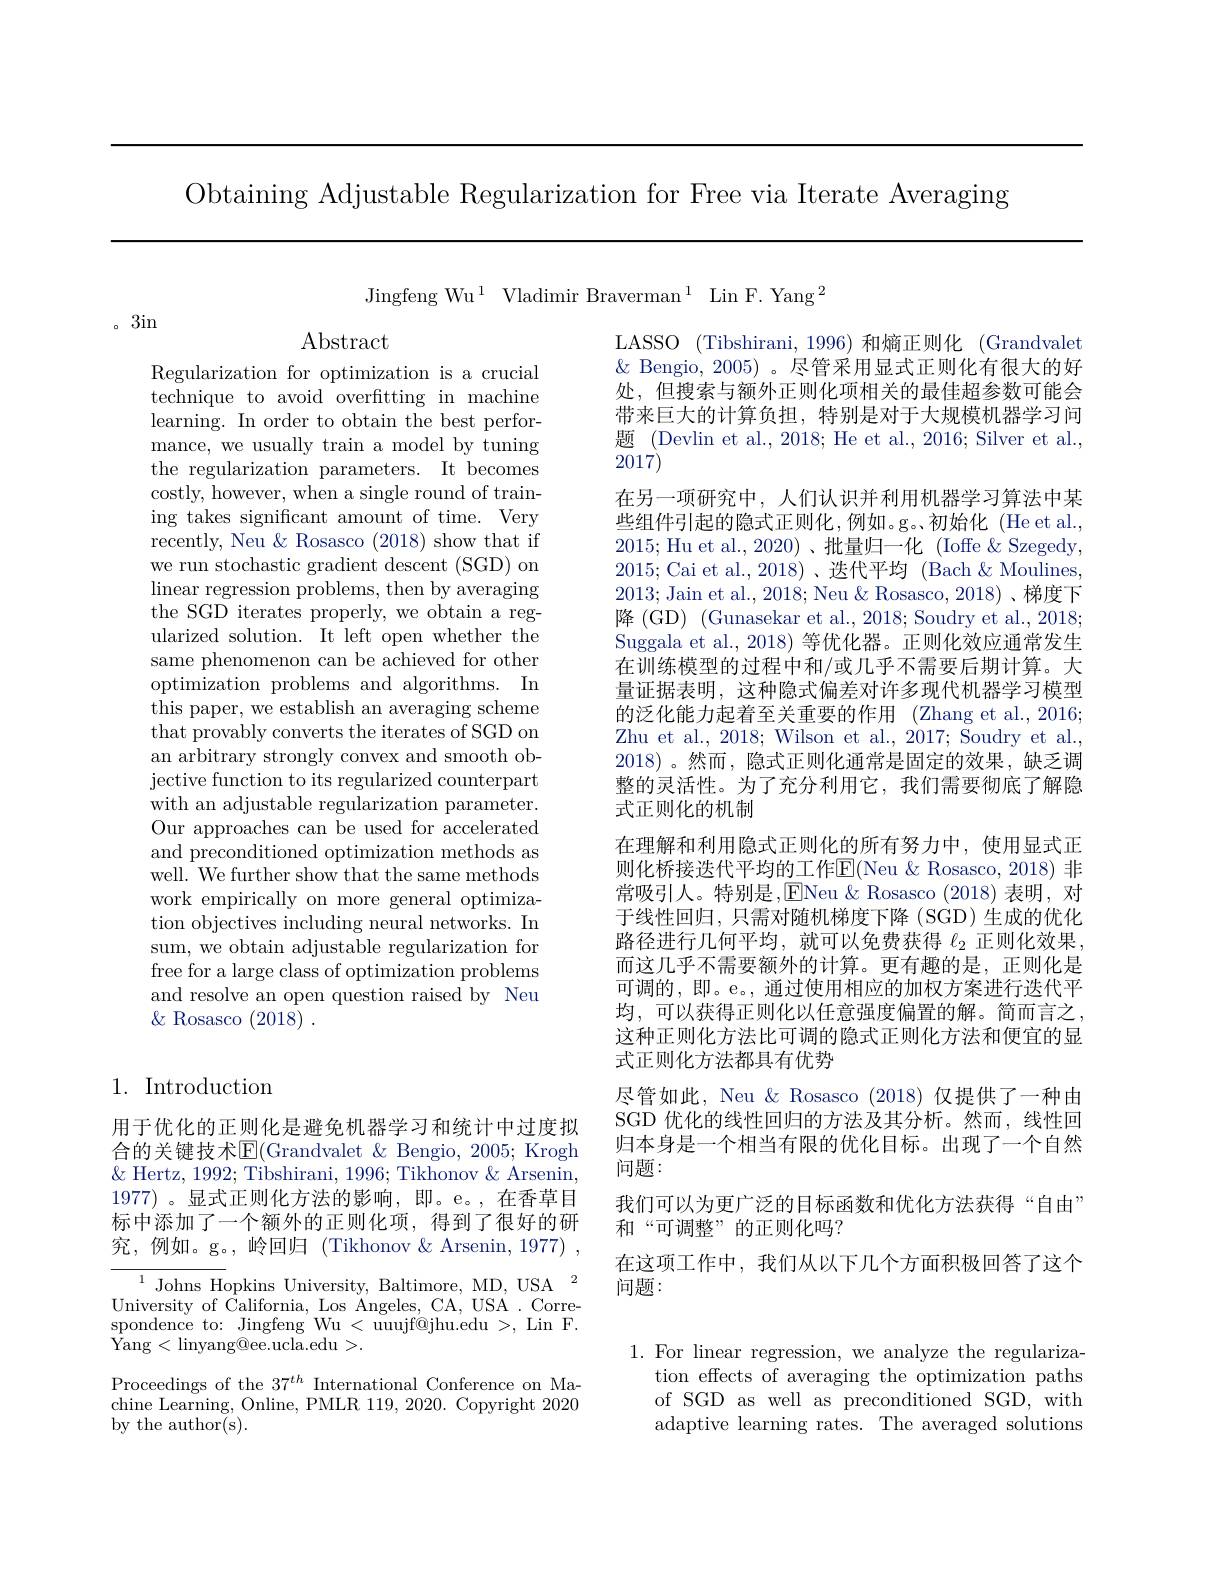
Obtaining Adjustable Regularization for Free via Iterate Averaging

Jingfeng Wu$^1$ Vladimir Braverman$^1$ Lin F.Yang$^2$

。3in

Regularization for optimization is a crucial technique to avoid overfitting in machine learning. In order to obtain the best performance, we usually train a model by tuning the regularization parameters. It becomes costly, however, when a single round of training takes significant amount of time. Very recently, Neu & Rosasco (2018) show that if we run stochastic gradient descent (SGD) on linear regression problems, then by averaging the SGD iterates properly, we obtain a regularized solution. It left open whether the same phenomenon can be achieved for other optimization problems and algorithms. In this paper, we establish an averaging scheme that provably converts the iterates of SGD on an arbitrary strongly convex and smooth objective function to its regularized counterpart with an adjustable regularization parameter. Our approaches can be used for accelerated and preconditioned optimization methods as well. We further show that the same methods work empirically on more general optimization objectives including neural networks. In sum, we obtain adjustable regularization for free for a large class of optimization problems and resolve an open question raised by Neu $\&$ Rosasco (2018).

## 1. Introduction

用于优化的正则化是避免机器学习和统计中过度拟合的关键技术$\overline{\mathrm{E}}($Grandvalet &Bengio, 2005; Krogh $\&$ Hertz, 1992; Tibshirani, 1996; Tikhonov & Arsenin, 1977)。显式正则化方法的影响，即。e。,在香草目标中添加了一个额外的正则化项，得到了很好的研究，例如。g。,岭回归(Tikhonov&Arsenin,1977)\:,

${\frac{1\text{ Johns H}}{\mathrm{opkins~University,~Baltimore,~MD,~USA}}}^{1}$ University of California, Los Angeles, CA, USA. Correspondence to: Jingfeng'Wu < uuujf@jhu.edu >, Lin F. Yang<linyang@ee.ucla.edu>.

Proceedings of the $37^{th}$ International Conference on Machine Learning, Online, PMLR 119, 2020. Copyright 2020 by the author(s).

LASSO (Tibshirani, 1996) 和熵正则化 (Grandvalet $\&$ Bengio, 2005)。尽管采用显式正则化有很大的好处，但搜索与额外正则化项相关的最佳超参数可能会带来巨大的计算负担，特别是对于大规模机器学习问题 (Devlin et al., 2018; He et al., 2016; Silver et al., 2017)
在另一项研究中，人们认识并利用机器学习算法中某些组件引起的隐式正则化，例如。g。初始化 (He et al., 2015; Hu et al.,2020)、批量归一化 (Ioffe &Szegedy, 2015; Cai et al.,2018)、迭代平均 (Bach&Moulines, 2013; Jain et al., 2018; Neu & Rosasco, 2018)、梯度下降 (GD) (Gunasekar et al., 2018; Soudry et al., 2018; Suggala et al., 2018) 等优化器。正则化效应通常发生在训练模型的过程中和/或几乎不需要后期计算。大量证据表明，这种隐式偏差对许多现代机器学习模型的泛化能力起着至关重要的作用 (Zhang et al.,2016; Zhu et al., 2018; Wilson et al., 2017; Soudry et al., 2018)。然而，隐式正则化通常是固定的效果，缺乏调整的灵活性。为了充分利用它，我们需要彻底了解隐式正则化的机制
在理解和利用隐式正则化的所有努力中，使用显式正则化桥接迭代平均的工作$\mathbb{E}($Neu &Rosasco, 2018) 非常吸引人。特别是，ENeu &Rosasco (2018) 表明，对于线性回归，只需对随机梯度下降(SGD)生成的优化路径进行几何平均，就可以免费获得$\ell_2$正则化效果而这几乎不需要额外的计算。更有趣的是，正则化是可调的，即。e。, 通过使用相应的加权方案进行迭代平均，可以获得正则化以任意强度偏置的解。简而言之， 这种正则化方法比可调的隐式正则化方法和便宜的显式正则化方法都具有优势
尽管如此，Neu & Rosasco (2018) 仅提供了一种由SGD 优化的线性回归的方法及其分析。然而，线性回归本身是一个相当有限的优化目标。出现了一个自然问题：
我们可以为更广泛的目标函数和优化方法获得“自由”
和“可调整”的正则化吗？
在这项工作中，我们从以下几个方面积极回答了这个
问题：

1. For linear regression, we analyze the regulariza-
tion effects of averaging the optimization paths of SGD as well as preconditioned SGD, with adaptive learning rates. The averaged solutions